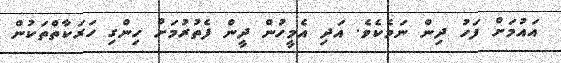
އައުމަށް ފަހު ދިން ނަމެކެވެ. އަދި އެމީހުން ދީން ފެތުރުމަށް ހިންގި ހަރަކާތްތަކުން